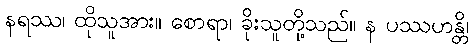
နရဿ၊ ထိုသူအား။ စောရာ၊ ခိုးသူတို့သည်။ န ပဿဟန္တိ၊